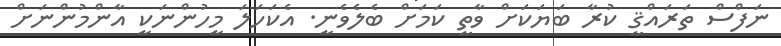
ނަފްސް ތަރައްޤީ ކުރާ ބަޔަކަށް ވާތީ ކަމަށް ބެލެވެނީ. އެކަހަލަ މީހުންނަކީ އާންމުންނަށް